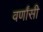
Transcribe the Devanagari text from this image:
वर्णांसी